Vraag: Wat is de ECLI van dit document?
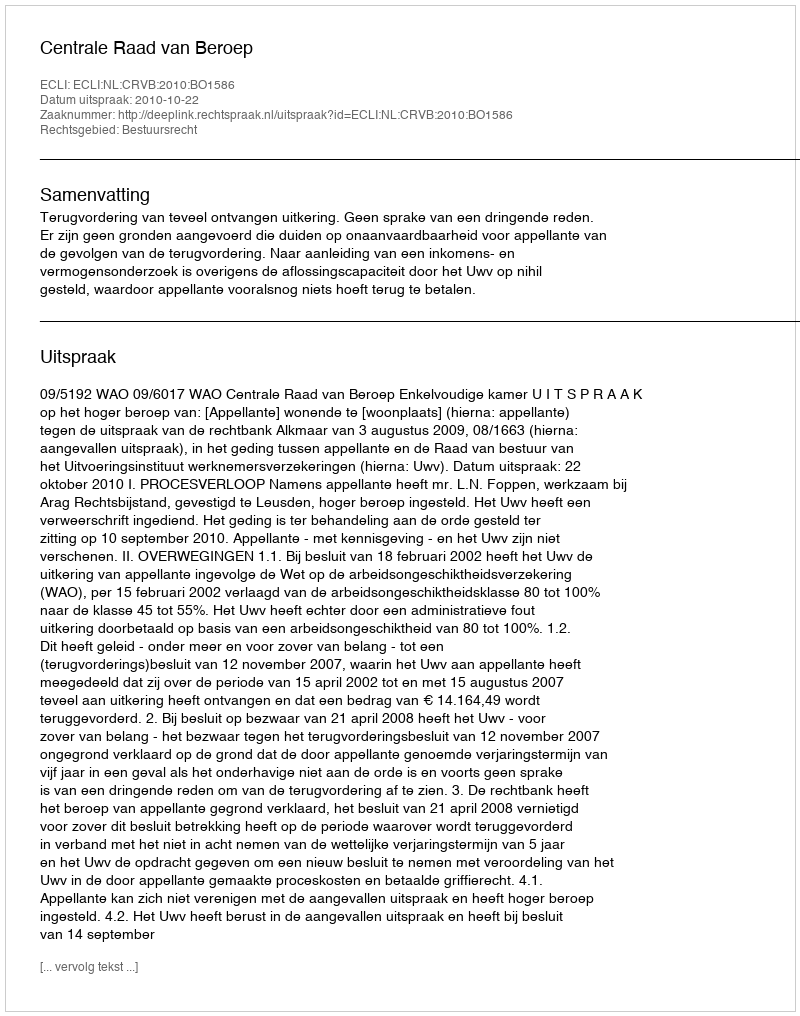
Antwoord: ECLI:NL:CRVB:2010:BO1586